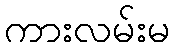
ကားလမ်းမ